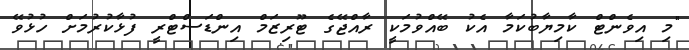
"މި އިވެންޓް ކާމިޔާބުކަމާ އެކު ބޭއްވުމަކީ ރާއްޖޭގެ ޓޫރިޒަމް އިންޑަސްޓްރީ ފުޅާކުރުމަށް ހުޅުވޭ